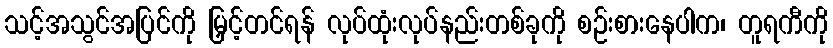
သင့်အသွင်အပြင်ကို မြှင့်တင်ရန် လုပ်ထုံးလုပ်နည်းတစ်ခုကို စဉ်းစားနေပါက၊ တူရကီကို